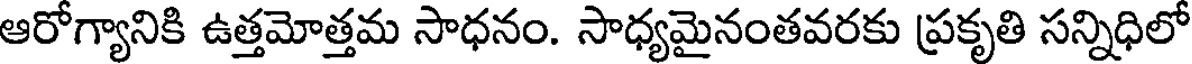
ఆరోగ్యానికి ఉత్తమోత్తమ సాధనం. సాధ్యమైనంతవరకు ప్రకృతి సన్నిధిలో